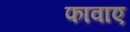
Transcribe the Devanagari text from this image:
फावाए